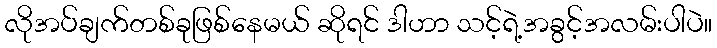
လိုအပ်ချက်တစ်ခုဖြစ်နေမယ် ဆိုရင် ဒါဟာ သင့်ရဲ့အခွင့်အလမ်းပါပဲ။